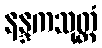
နန္ဒကသုတ္တံ